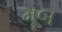
મૂબ